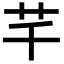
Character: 芊